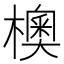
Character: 𪴃